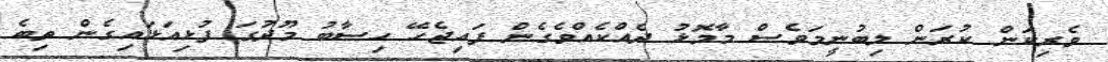
ވެރިކަން ކުރަން ލިބުނީމަވެސް މާމޮޅު ދެއްކެއްވެގެން ފައިޖެހޭ ހިސާބު މޫދުގަ ފުޅިއަޅައިގެން ތިބެ